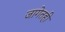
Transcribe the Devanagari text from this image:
जागेतही